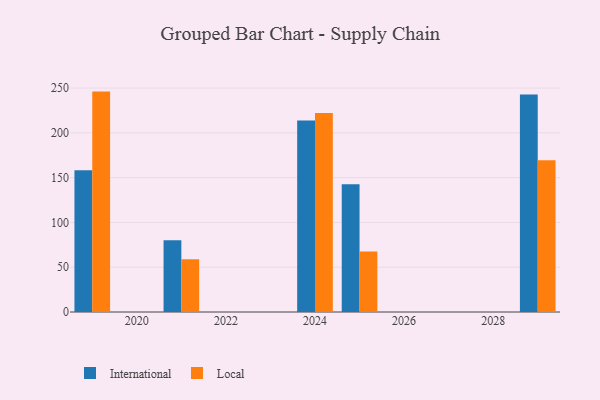
{"axis": {"x": "Year", "y": "Churn Rate (%)"}, "legend": ["International", "Local"], "data": [{"x": "2024", "y": 213.8, "type": "International"}, {"x": "2024", "y": 222.1, "type": "Local"}, {"x": "2029", "y": 242.9, "type": "International"}, {"x": "2029", "y": 169.5, "type": "Local"}, {"x": "2021", "y": 80.2, "type": "International"}, {"x": "2021", "y": 59.0, "type": "Local"}, {"x": "2025", "y": 142.7, "type": "International"}, {"x": "2025", "y": 67.5, "type": "Local"}, {"x": "2019", "y": 158.3, "type": "International"}, {"x": "2019", "y": 246.0, "type": "Local"}]}